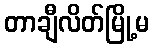
တာချီလိတ်မြို့မ